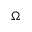
\Omega